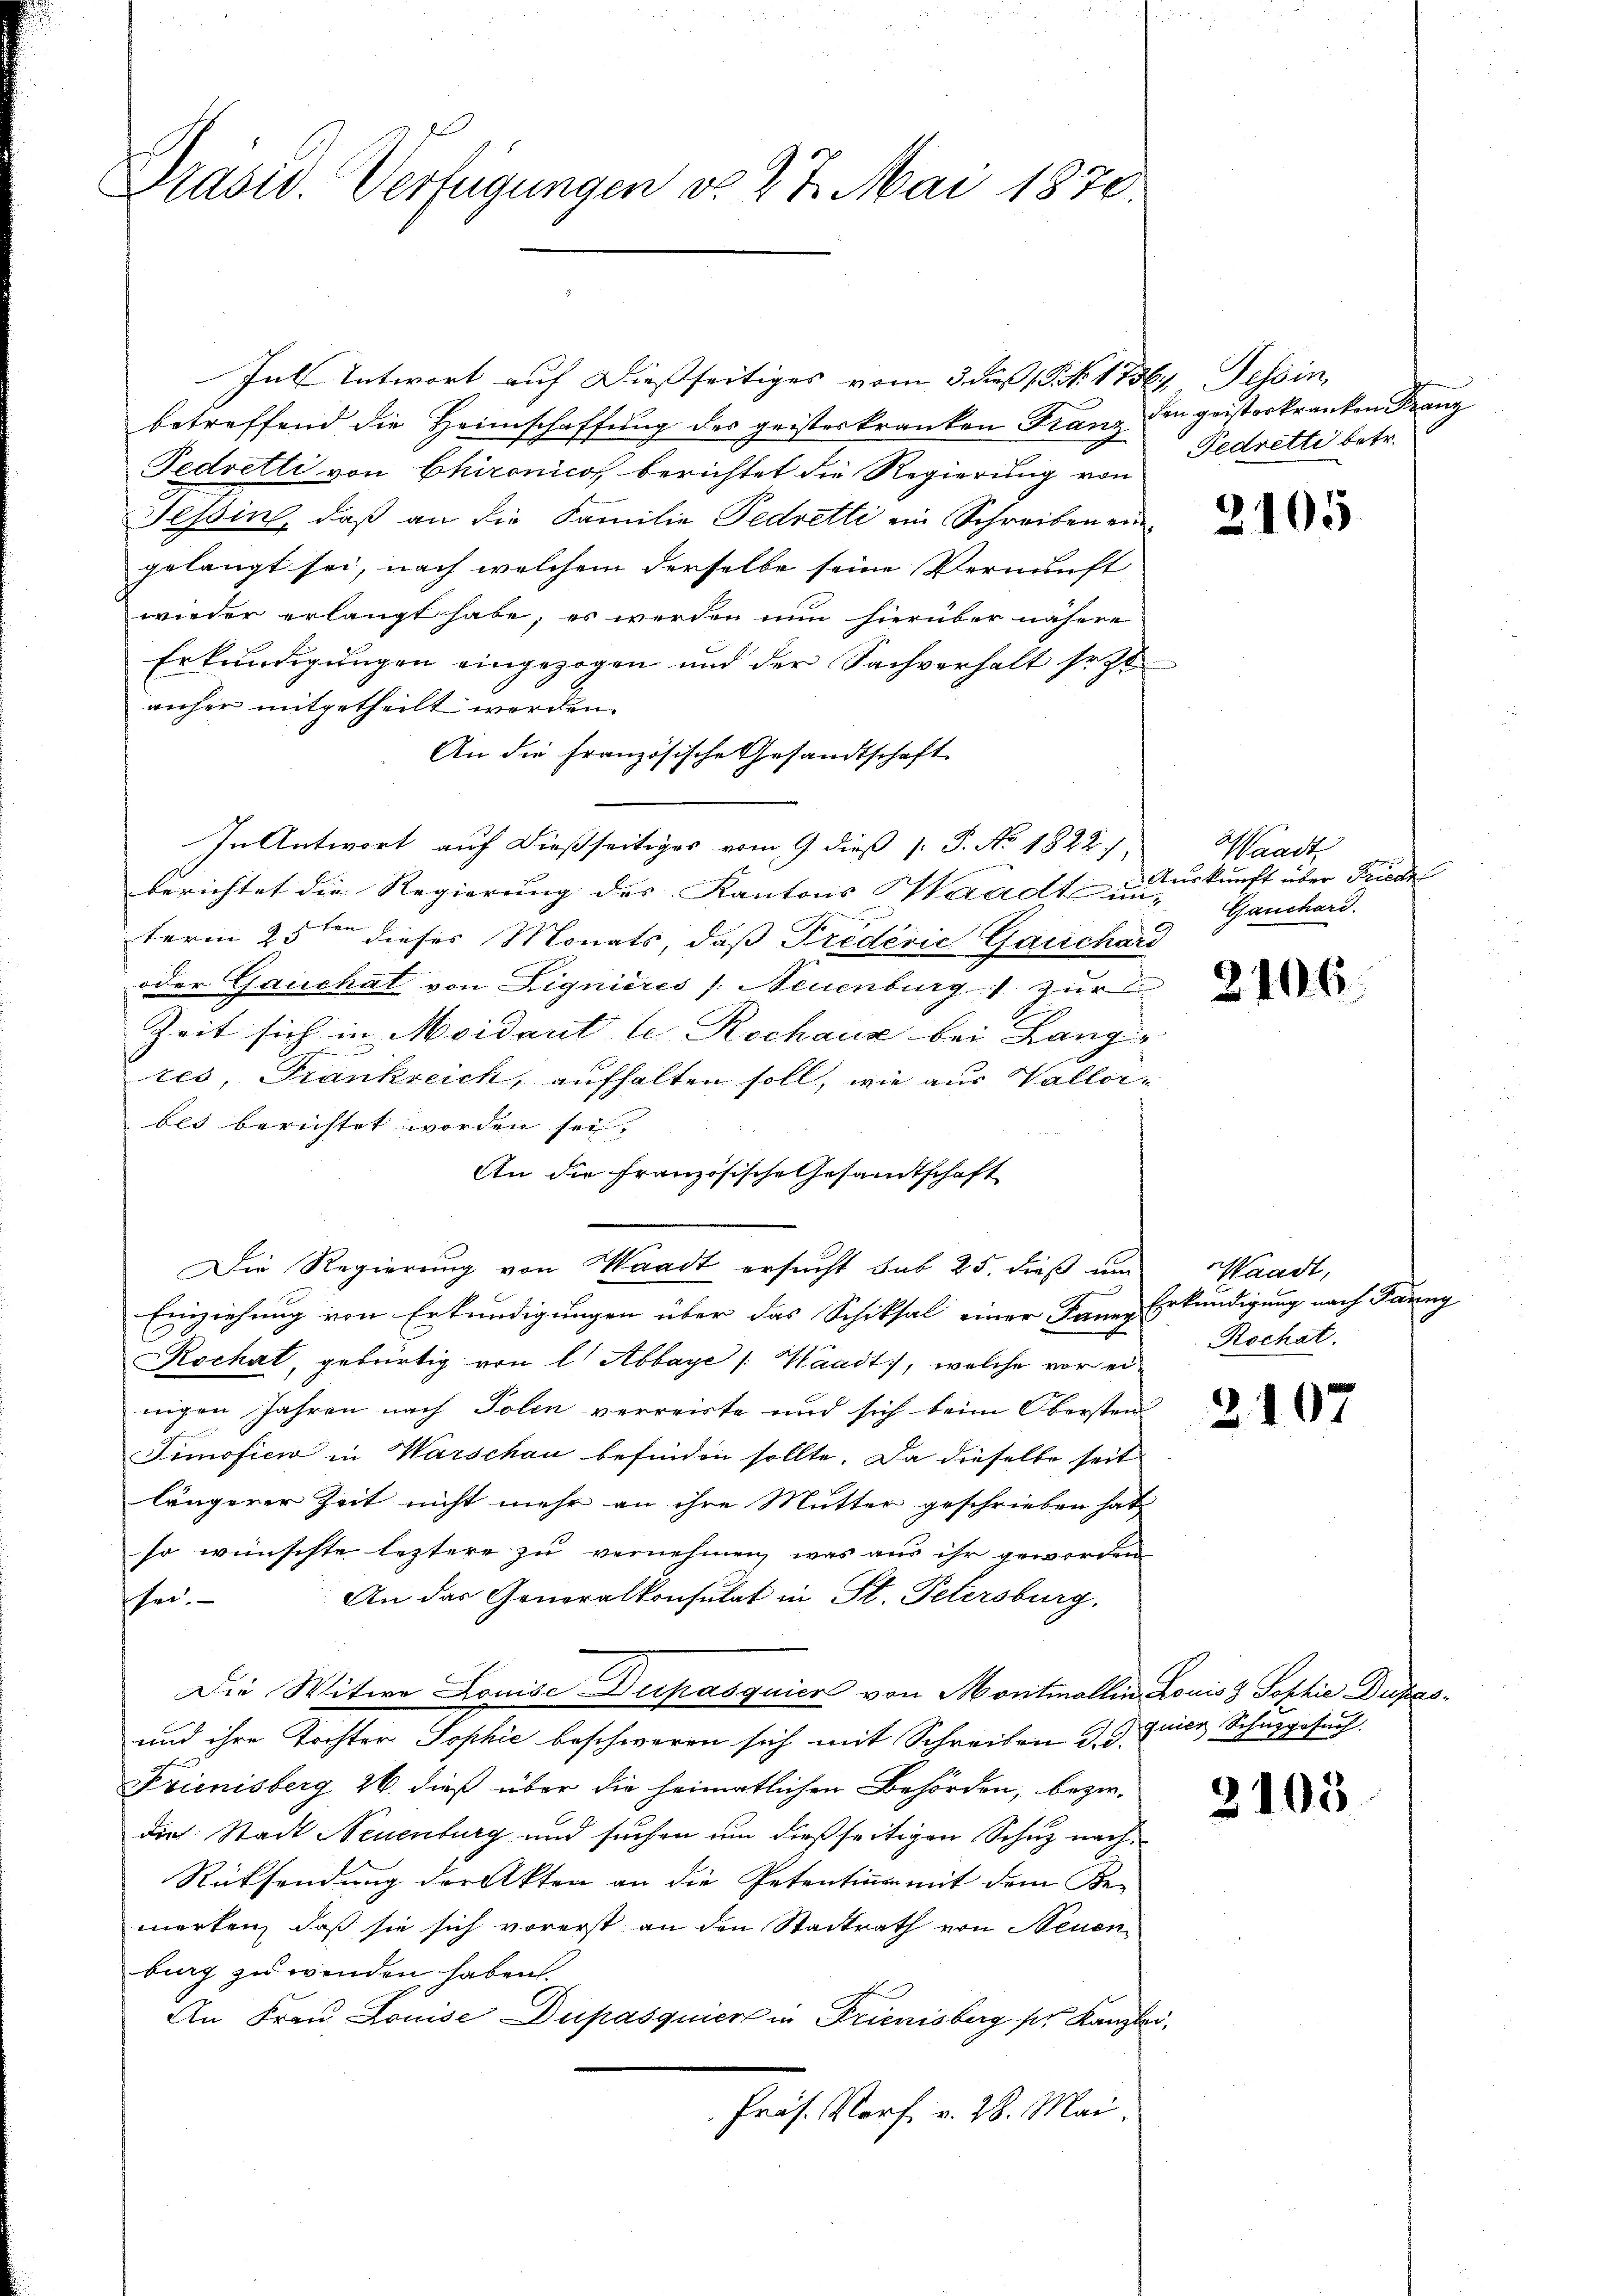
Präsid. Verfügungen v. 27. Mai 1870.

Inl Antwort auf Diesseitiges vom 3. dieß (N. 1756. Tessin,
betreffend die Heimschaffung des geisterkranken Franz den geisterkranken Franz
Fedretti von Chironicos berichtet die Regierung von
Tessin, daß an die Familie Fedretti ein Schreiben eingelangt sei, nach welchem derselbe seine Vernunft
wieder erlangt habe, es werden nun hierüber nähere
Erkundigungen eingezogen und der Sachverhalt seit
auher mitgetheilt worden.
An die französische Gesandtschaft
In Antwort auf dießseitiges vom 9 dieß P. P. No. 1822 f.
berichtet die Regierung des Kantons Waadt in
term 25ten dieses Monats, daß Fredevic Gauchari
oder Gauchal von Dignieres /: Neuenburg zur
Zeit sich in Moidant le Rochaus bei Langir
tes, Frankreich, aufhalten soll, wie aus Wallerbli berichtet worden sei.
An die französische Gesandtschaft
Die Regierung von Waadt ersucht sub 25. dieß um
Einziehung von Erkundigungen über das Schicksal einer Sauers
Rochat, gebürtig von l. Abbaye /: Waadt, welche vor einigen Jahren nach Polen verreiste und sich beim Obersten
Simoficio in Warschau befinden sollte. Da dieselbe seit
längerer Zeit nicht mehr an ihre Mutter geschrieben hat
so wünschte leztere zu vernehmen, was aus ihr geworden
An das Generalkonsulat in St. Petersburg,
sei.
Die Witwe Louise Dupasquier von Montmollin Louis 3 Sophie Dufas¬
und ihre Tochter Sophie beschweren sich mit Schreiben d. d.
Frienisberg 26. dieß über die heimatlichen Behörden, bezirdie Stadt Neuenburg und suchen um dießseitigen Schuz nach¬
Rücksendung der Akten an die Petentinen mit dem Be-
merken, daß sie sich vorerst an den Stadtrath von Neuen
burg zu wenden haben.
An Frau Louise Dupasquier in Frienisberg pr. Kanzle
Präs. Verf. v. 28. Mai.

Fedretti betr.

u

2105

Waadt
Auskunft über Friede
t
Gauchard.

2106

Waadt,
Erkundigung nach Taung
Rochat.

2107

3105

quier Schusgesuch.